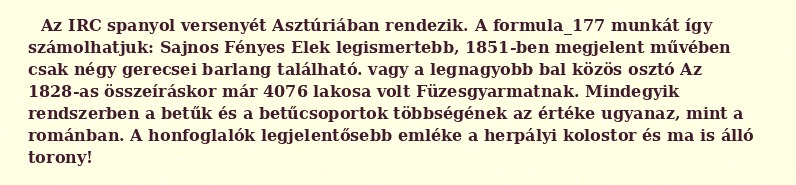
Az IRC spanyol versenyét Asztúriában rendezik. A formula_177 munkát így számolhatjuk: Sajnos Fényes Elek legismertebb, 1851-ben megjelent művében csak négy gerecsei barlang található. vagy a legnagyobb bal közös osztó Az 1828-as összeíráskor már 4076 lakosa volt Füzesgyarmatnak. Mindegyik rendszerben a betűk és a betűcsoportok többségének az értéke ugyanaz, mint a románban. A honfoglalók legjelentősebb emléke a herpályi kolostor és ma is álló torony!